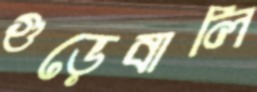
গুড়েবালি